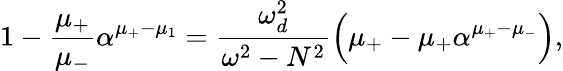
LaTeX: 1-\frac{\mu_{+}}{\mu_{-}}\alpha^{\mu_{+}-\mu_{1}}=\frac{\omega_{d}^{2}}{\omega^{2}-N^{2}}\Big(\mu_{+}-\mu_{+}\alpha^{\mu_{+}-\mu_{-}}\Big),